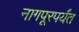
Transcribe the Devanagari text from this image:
नागपूरपर्यंत